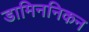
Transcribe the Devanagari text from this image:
डामिननिकन